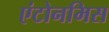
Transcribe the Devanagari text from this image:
एंटोनमिस